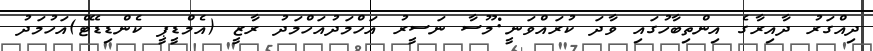
ދިއްގަރު ދާއިރާގެ އިންތިބާހުގައި ވާދަ ކުރައްވަނީ:މޫސާ ނަސީރު އަހްމަދުއަހްމަދު ރާޒީ (އެމްޑީޕީ ކެންޑިޑޭޓް)އަހުމަދު